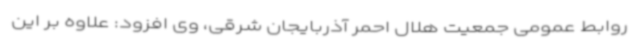
روابط عمومی جمعیت هلال احمر آذربایجان شرقی، وی افزود: علاوه بر این